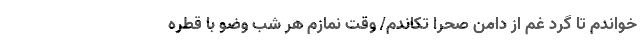
خواندم تا گرد غم از دامن صحرا تکاندم/ وقت نمازم هر شب وضو با قطره